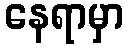
နေရာမှာ